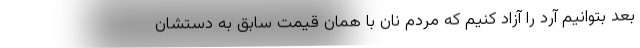
بعد بتوانیم آرد را آزاد کنیم که مردم نان با همان قیمت سابق به دستشان